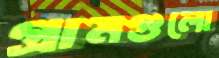
গ্রামগুলো